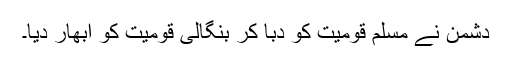
دشمن نے مسلم قومیت کو دبا کر بنگالی قومیت کو ابھار دیا۔